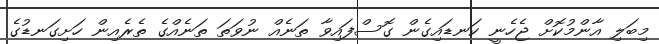
މިބަލި އާންމުކޮށް ޖެހެނީ ކަނޑައިގެން ގޮސްފައިވާ ތަނެއް ނުވަތަ ތަނެއްގެ ތެރެއިން ހަށިގަނޑުގެ